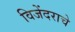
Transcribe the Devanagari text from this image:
विजेंदराचे